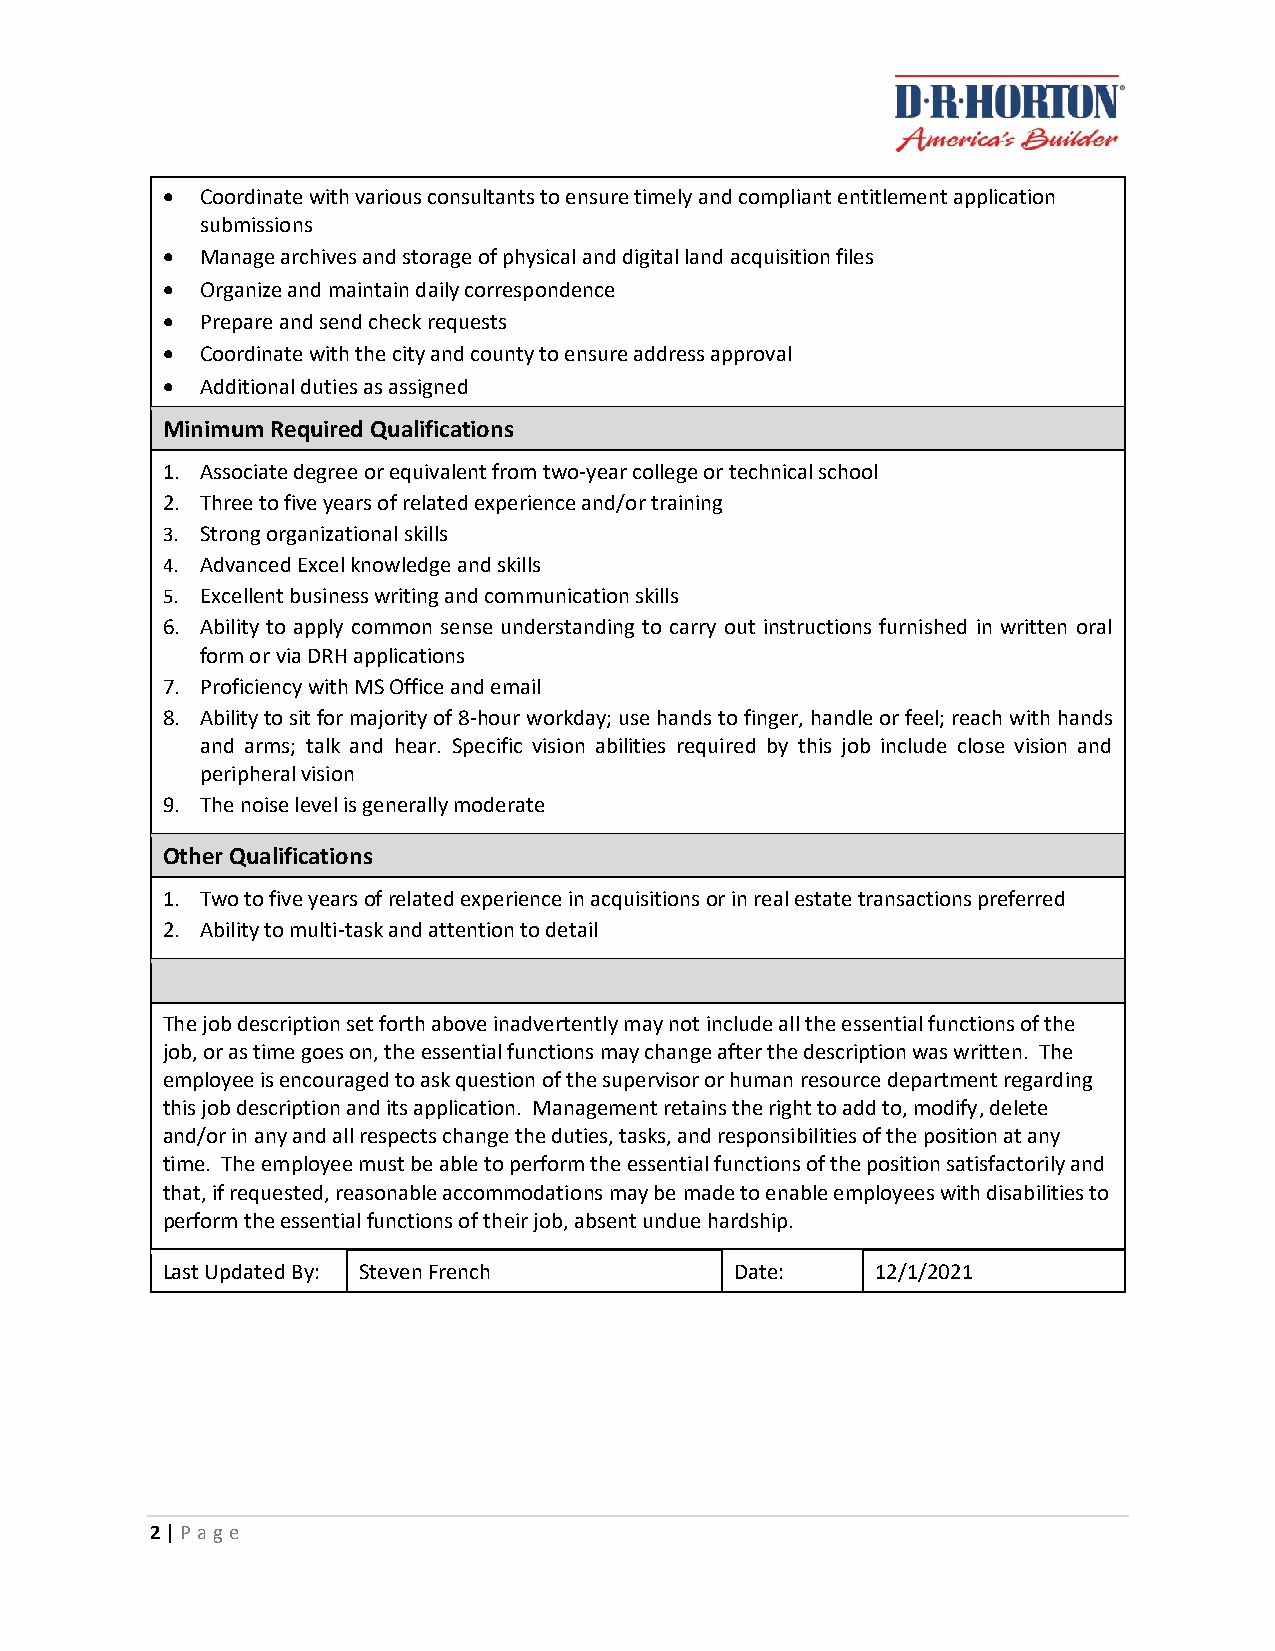
• Coordinate with various consultants to ensure timely and compliant entitlement application
 submissions
 • Manage archives and storage of physical and digital land acquisition files
 • Organize and maintain daily correspondence
 • Prepare and send check requests
 • Coordinate with the city and county to ensure address approval
 • Additional duties as assigned
 Minimum Required Qualifications
 1. Associate degree or equivalent from two-year college or technical school
 2. Three to five years of related experience and/or training
 3. Strong organizational skills
 4. Advanced Excel knowledge and skills
 5. Excellent business writing and communication skills
 6. Ability to apply common sense understanding to carry out instructions furnished in written oral
 form or via DRH applications
 7. Proficiency with MS Office and email
 8. Ability to sit for majority of 8-hour workday; use hands to finger, handle or feel; reach with hands
 and arms; talk and hear. Specific vision abilities required by this job include close vision and
 peripheral vision
 9. The noise level is generally moderate
 Other Qualifications
 1. Two to five years of related experience in acquisitions or in real estate transactions preferred
 2. Ability to multi-task and attention to detail
 The job description set forth above inadvertently may not include all the essential functions of the
 job, or as time goes on, the essential functions may change after the description was written. The
 employee is encouraged to ask question of the supervisor or human resource department regarding
 this job description and its application. Management retains the right to add to, modify, delete
 and/or in any and all respects change the duties, tasks, and responsibilities of the position at any
 time. The employee must be able to perform the essential functions of the position satisfactorily and
 that, if requested, reasonable accommodations may be made to enable employees with disabilities to
 perform the essential functions of their job, absent undue hardship.
 Last Updated By: Steven French        Date:    12/1/2021
 2 | P ag e